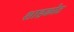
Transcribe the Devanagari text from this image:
शाहकोट